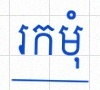
រកមុំ